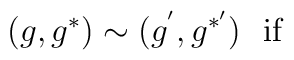
(g,g^{*})\sim (g^{'},g^{*'}) \ \ \\ \ {\rm if}